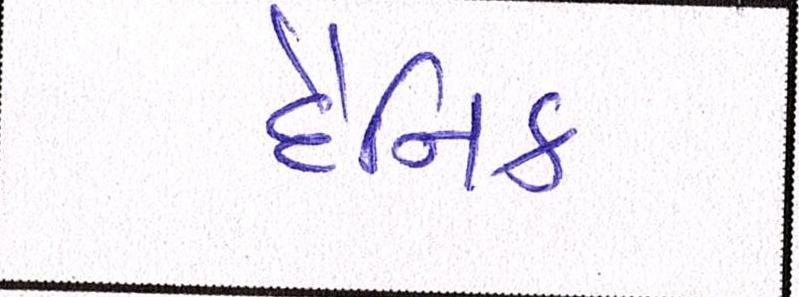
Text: દૈનિક